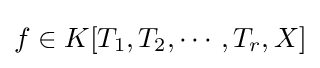
f\in K[T_{1},T_{2},\cdots ,T_{r},X]